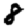
Digit: 8